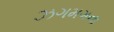
ઝગમગના